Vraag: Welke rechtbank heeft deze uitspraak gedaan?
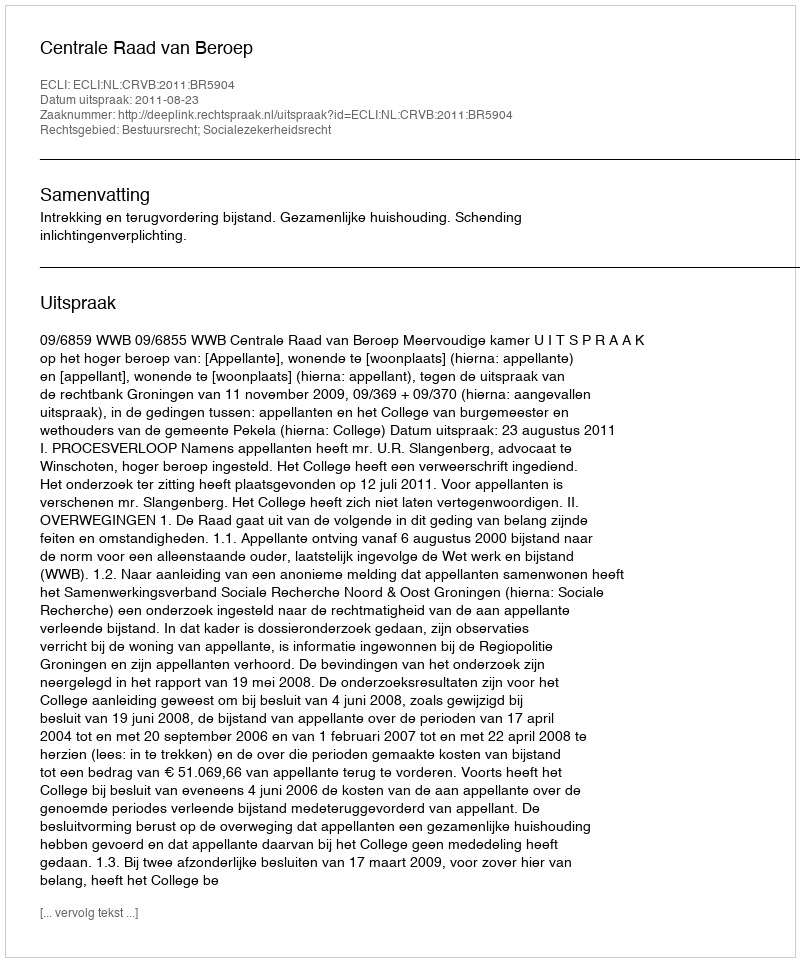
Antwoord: Centrale Raad van Beroep